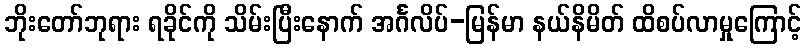
ဘိုးတော်ဘုရား ရခိုင်ကို သိမ်းပြီးနောက် အင်္ဂလိပ်-မြန်မာ နယ်နိမိတ် ထိစပ်လာမှုကြောင့်